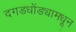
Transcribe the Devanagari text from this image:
दगडधोंड्यामधून